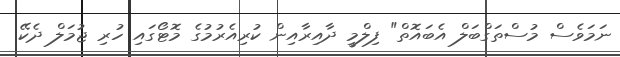
ނަމަވެސް މުސްތަގްބަލް އެބައޮތް" ފިލްމީ ދާއިރާއިން ކުރިއެރުމުގެ މޮޓޯގައި ހުރި ޖުމަލް ދެކޭ